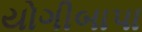
યોગીબાપા